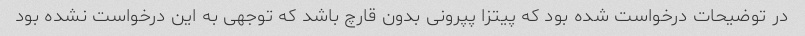
در توضیحات درخواست شده بود که پیتزا پپرونی بدون قارچ باشد که توجهی به این درخواست نشده بود